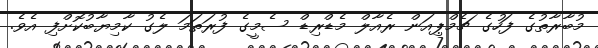
މުބާރާތުގެ ފަހުގެ ޗެމްޕިއަން ރެއާލް މެޑްރިޑް ސެމީގެ ފުރަތަމަ ލެގު ކާމިޔާބުކޮށްފި އެވެ.